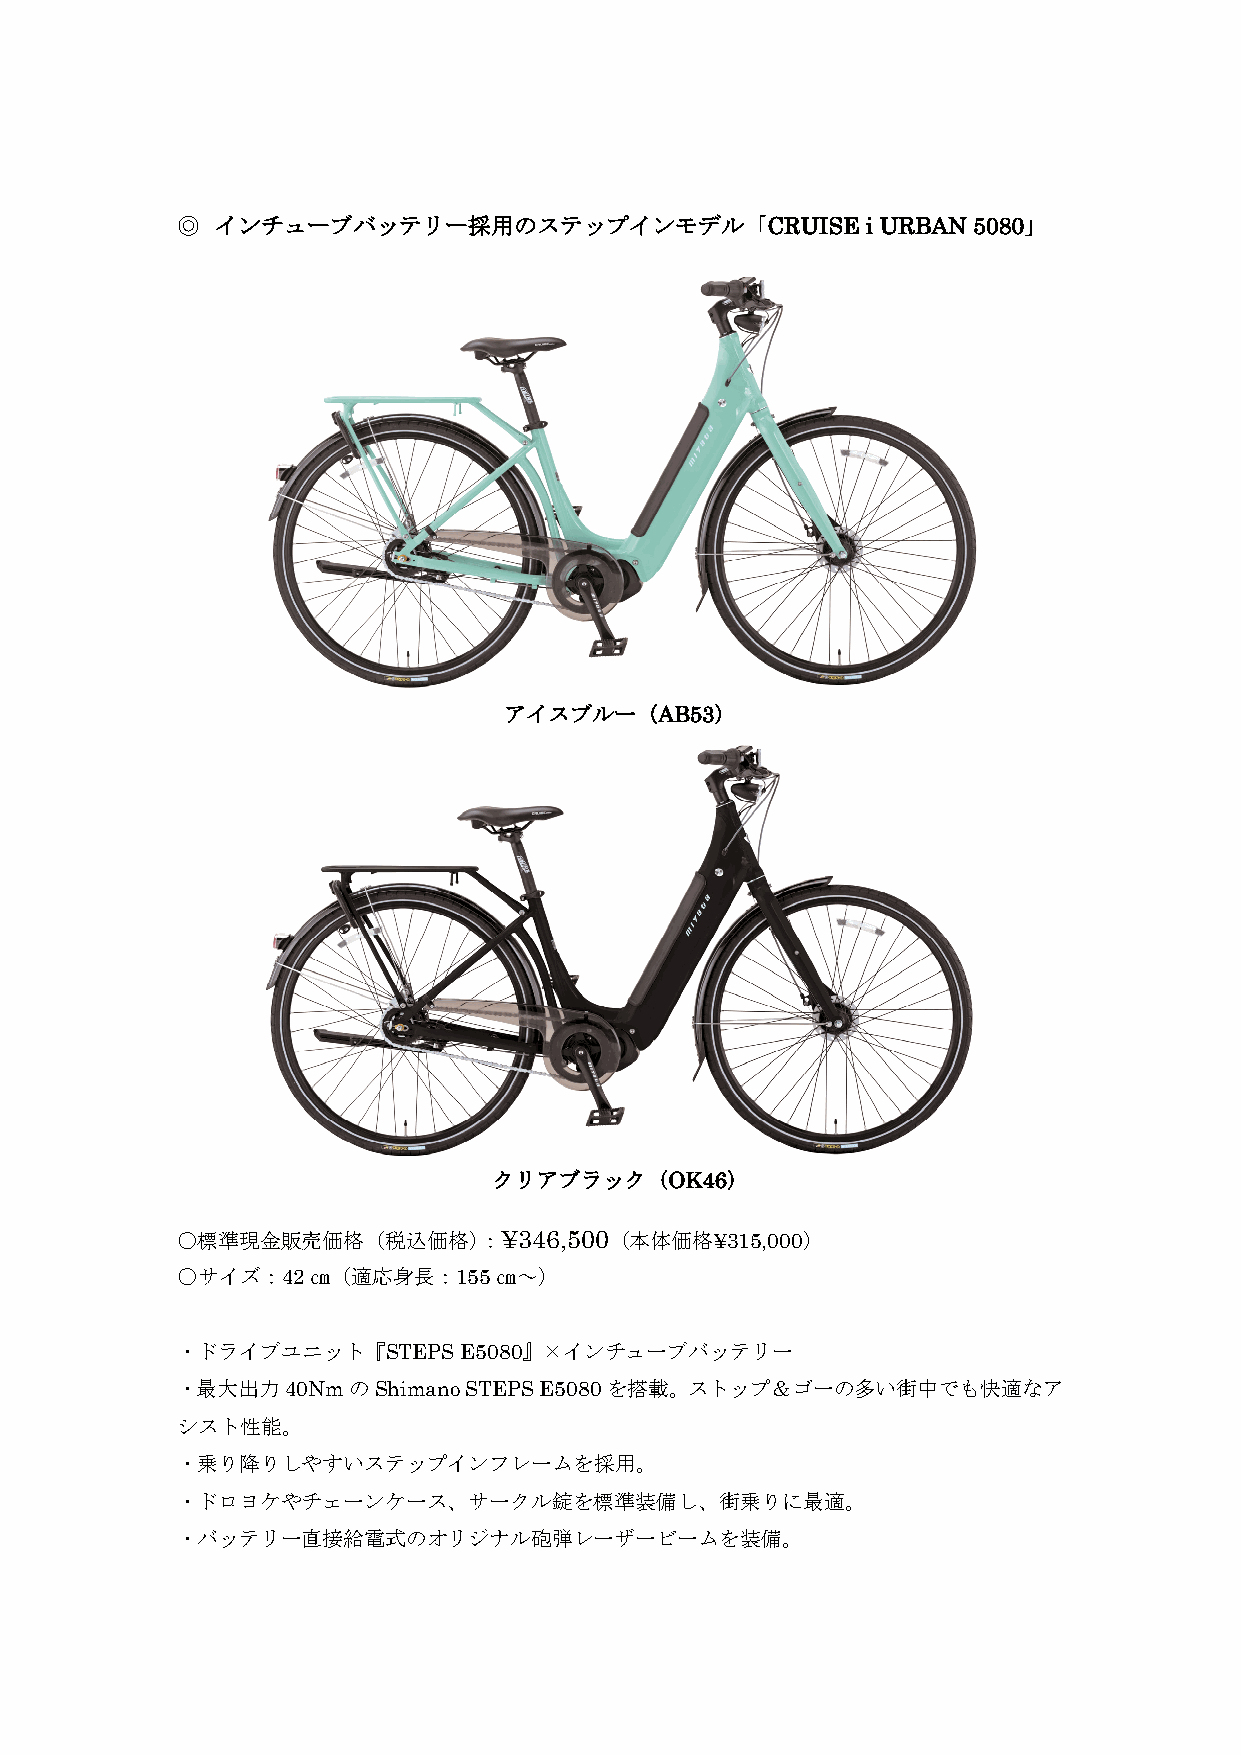
◎ インチューブバッテリー採用のステップインモデル「CRUISE             i URBAN 5080」
 アイスブルー（AB53）
 クリアブラック（OK46）
 ○標準現金販売価格（税込価格）：¥346,500（本体価格¥315,000）
 ○サイズ：42㎝（適応身長：155㎝～）
 ・ドライブユニット『STEPS   E5080』×インチューブバッテリー
 ・最大出力40NmのShimano  STEPS E5080を搭載。ストップ＆ゴーの多い街中でも快適なア
 シスト性能。
 ・乗り降りしやすいステップインフレームを採用。
 ・ドロヨケやチェーンケース、サークル錠を標準装備し、街乗りに最適。
 ・バッテリー直接給電式のオリジナル砲弾レーザービームを装備。